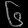
Digit: ၆